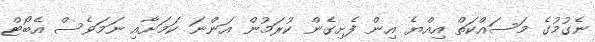
ނެގުމުގެ މަސައްކަތް އިއްޔެ އިން ފެށިގެން ކުރަމުން އަންނަ ކަމަށާއި ނަމަވެސް އެބޯޓް